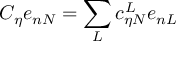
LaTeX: C _ { \eta } e _ { n N } = \sum _ { L } c _ { \eta N } ^ { L } e _ { n L }